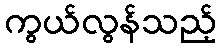
ကွယ်လွန်သည့်